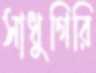
সাধুগিরি